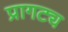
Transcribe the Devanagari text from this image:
प्रागट्य